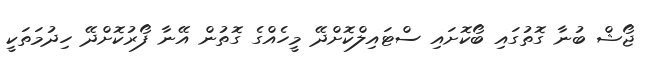
ޖޯޝް ބުނާ ގޮތުގައި ބޯކޮށައި ސްޓައިލްކޮށްދޭ މީހެއްގެ ގޮތުން އޭނާ ފޯރުކޮށްދޭ ހިދުމަތަކީ